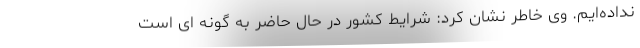
نداده‌ایم. وی خاطر نشان کرد: شرایط کشور در حال حاضر به گونه ای است